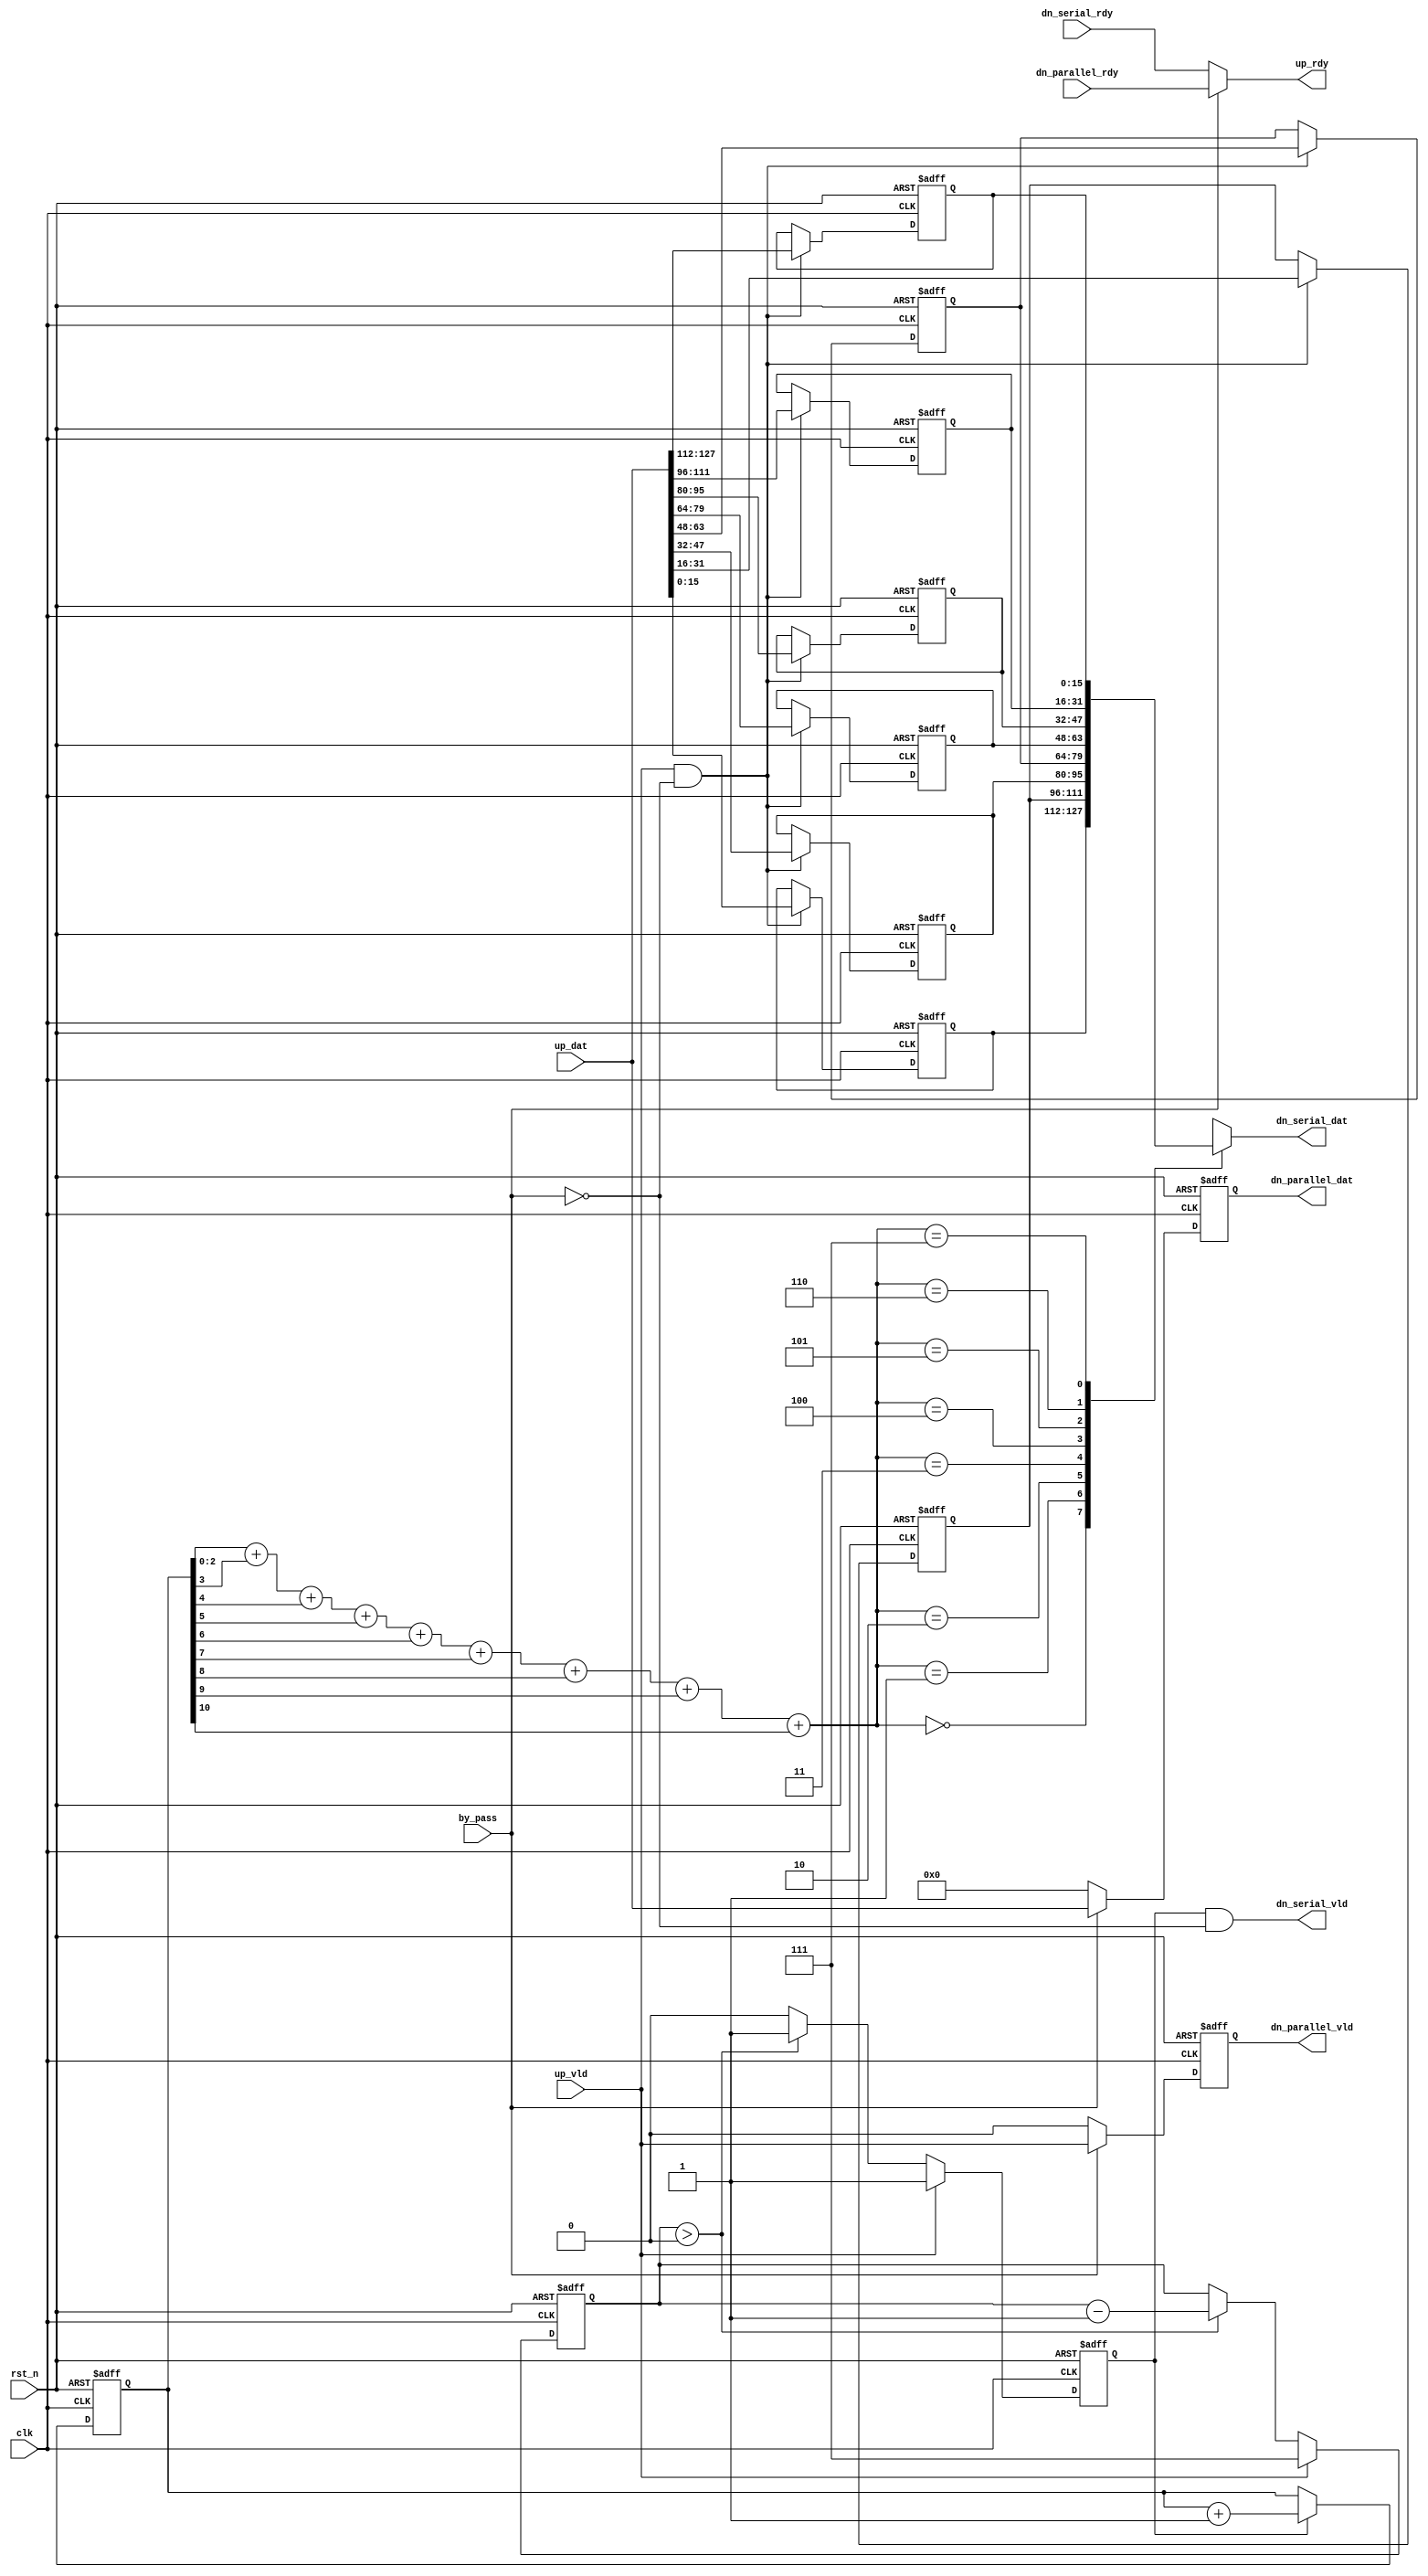
`timescale 1ns / 1ps
//////////////////////////////////////////////////////////////////////////////////
// Company: 
// Engineer: 
// 
// Design Name: 
// Module Name: butterfly_p2s
// Project Name: 
// Target Devices: 
// Tool Versions: 
// Description: 
// 
// Dependencies: 
// 
// Revision:
// Revision 0.01 - File Created
// Additional Comments:
// 
//////////////////////////////////////////////////////////////////////////////////


module butterfly_p2s
# (
  // The data width of input data
  parameter data_width = 16,
  // The data width utilized for accumulated results
  parameter num_output = 8
)
(
  input  wire                        clk,
  input  wire                        rst_n,
  input  wire  [num_output*data_width-1:0]  up_dat,
  input  wire                        up_vld,
  input  wire                    by_pass,
  output wire                        up_rdy,
  output wire  [num_output*data_width-1:0]      dn_parallel_dat,
  output wire                        dn_parallel_vld,
  input wire                        dn_parallel_rdy,
  output wire  [data_width-1:0]      dn_serial_dat,
  output wire                        dn_serial_vld,
  input wire                        dn_serial_rdy
);

localparam num_out_bits = $clog2(num_output);

genvar i;

reg  [32-1:0]    indx_counter;
reg  [data_width-1:0]    up_dats_r[num_output-1:0];
reg                      dn_serial_vld_r;
reg  [$clog2(num_output)-1:0]    out_counter;

reg  [num_output*data_width-1:0]      dn_parallel_dat_r;
reg                        dn_parallel_vld_r;

always @(posedge clk or negedge rst_n)
if(!rst_n) begin
    dn_parallel_dat_r <= 0;
    dn_parallel_vld_r <= 0;
end
else if (by_pass) begin
    dn_parallel_dat_r <= up_dat;
    dn_parallel_vld_r <= up_vld;
end
else begin
    dn_parallel_dat_r <= 0;
    dn_parallel_vld_r <= 0;
end

assign dn_parallel_dat = dn_parallel_dat_r;
assign dn_parallel_vld = dn_parallel_vld_r;

assign up_rdy = by_pass? dn_parallel_rdy : dn_serial_rdy; // Need to improve to present backpressure

always @(posedge clk or negedge rst_n)
if(!rst_n) begin
    indx_counter <= 0;
end
else if (dn_serial_vld_r) begin
    indx_counter <= indx_counter + 1;
end
else begin
    indx_counter <= indx_counter;
end

always @(posedge clk or negedge rst_n)
if(!rst_n) begin
    dn_serial_vld_r <= 0;
    out_counter <= 0;
end
else if (up_vld) begin
    dn_serial_vld_r <= 1'b1;
    out_counter <= {$clog2(num_output){1'b1}};
end
else if (out_counter > 0) begin
    dn_serial_vld_r <= 1'b1;
    out_counter <= out_counter - 1;
end
else begin
    dn_serial_vld_r <= 1'b0;
end

assign dn_serial_vld = dn_serial_vld_r & (!by_pass);

wire [num_out_bits-1:0] shift_pos;
wire [32-1:0] insert_pos;
assign shift_pos = indx_counter[num_out_bits-1:0] + indx_counter[num_out_bits] + indx_counter[num_out_bits+1] + indx_counter[num_out_bits+2] 
    + indx_counter[num_out_bits+3] + indx_counter[num_out_bits+4] + indx_counter[num_out_bits+5] + indx_counter[num_out_bits+6]+ indx_counter[num_out_bits+7]; // bitcount and mod opentation 
assign insert_pos = indx_counter[num_out_bits-1:0] + indx_counter[2*num_out_bits-1:num_out_bits];

generate
for(i=0 ; i<num_output ; i=i+1)
begin : GENERATE_SHIFT_REG
    always @(posedge clk or negedge rst_n)
    if(!rst_n) begin
        up_dats_r[i] <= 0;
    end
    else if (up_vld & (!by_pass)) begin
        up_dats_r[i] <= up_dat[( data_width*i + data_width-1) : (data_width*i)];
    end
end

endgenerate

assign dn_serial_dat = up_dats_r[shift_pos];

endmodule